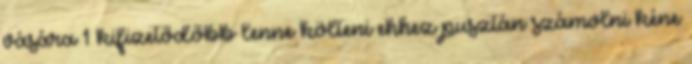
vására 1 kifizetődőbb lenne költeni ehhez pusztán számolni kéne